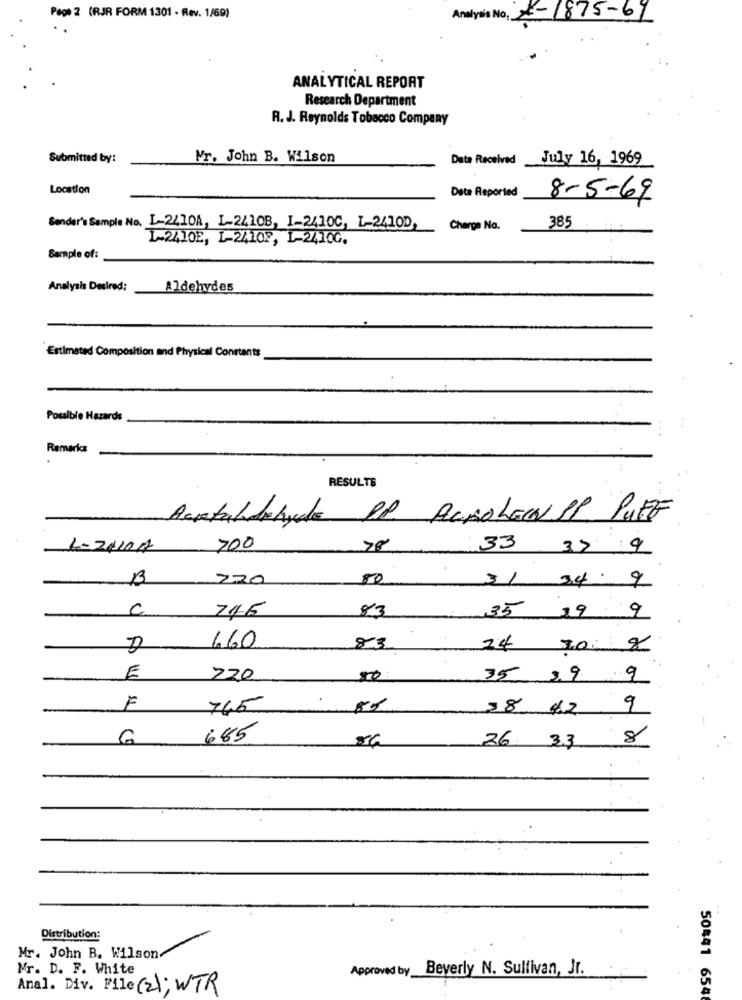
Page 2 (RJR FORM 1301 - Rev. 1/69)
Analysis No. 8-1875-69
ANALYTICAL REPORT
Research Department
R. J. Reynolds Tobacco Company
Submitted by:
Mr. John B. Wilson
Data Received
July 16, 1969
Location
Data Reported
8-5-69
Sender's Sample No. 1-2410A, L-24108, 1-2410C, L-2410D,
Charge Na.
385
L-2410E, L-24108, L-2410G.
Sample of:
Analysis Desired:
Aldehydes
Estimated Composition and Physical Constants
Possible Hazards
. .
Remarks
RESULTS
Acktaldehyde PP. AUROLEw SP PUFF
1-2010A
700
78
33 37 9
220
50
3/ 34.9
746
83
C
35 19 9
660
83
24 20 8
E
220
50
35 39 9
F
745
38 42
9
6
685
8
26 33
Distribution:
Mr. John B. Wilson
Mr. D. F. White
Approved by Beverly N. Sullivan, Jr.
Anal. Div. File (2); WTR
50#41 6548